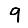
Digit: 9